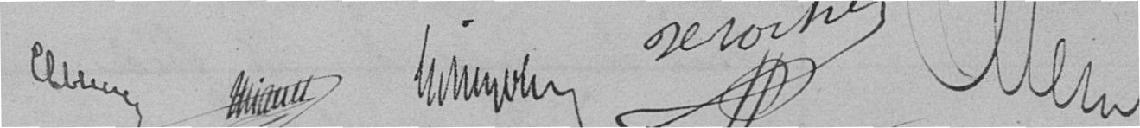
?????   .???????      ????    DEROCHE ..... ALLEN ??